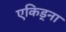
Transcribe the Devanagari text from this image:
एकिड्ना